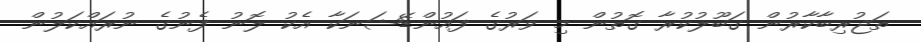
ތަޖުރިބާކާރުން ގަބޫލުކުރާ ގޮތުން މި ވަރުގެ ފައުންޑޭޝަނަކާ އެކު ލޮނު ފެނުގެ ނުރައްކަލުން